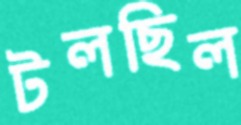
টলছিল